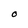
Character: O